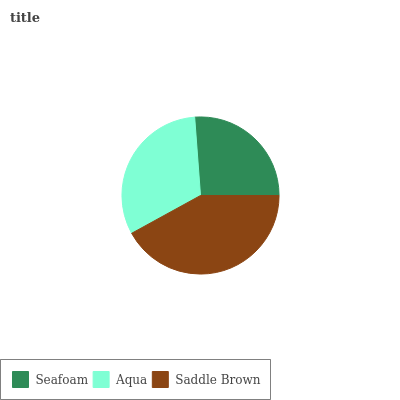
| Seafoam | Aqua | Saddle Brown |
 | --- | --- | --- |
 | 26.1% | 31.8% | 42% |